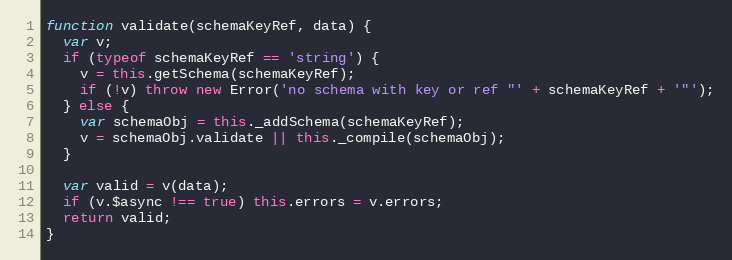
Language: JavaScript
function validate(schemaKeyRef, data) {
  var v;
  if (typeof schemaKeyRef == 'string') {
    v = this.getSchema(schemaKeyRef);
    if (!v) throw new Error('no schema with key or ref "' + schemaKeyRef + '"');
  } else {
    var schemaObj = this._addSchema(schemaKeyRef);
    v = schemaObj.validate || this._compile(schemaObj);
  }

  var valid = v(data);
  if (v.$async !== true) this.errors = v.errors;
  return valid;
}